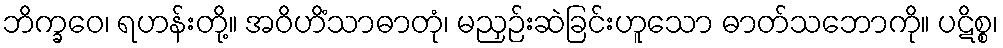
ဘိက္ခဝေ၊ ရဟန်းတို့။ အဝိဟိံသာဓာတုံ၊ မညှဉ်းဆဲခြင်းဟူသော ဓာတ်သဘောကို။ ပဋိစ္စ၊